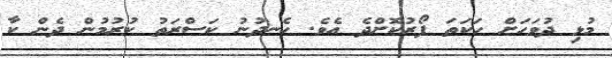
މުޅި ދުވަހަށް ހަކަތަ ފޯރުކޮށްދެ އެވެ. ހެނދުނު ކަސްރަތު ކުރުމުން ދެން ކާ